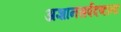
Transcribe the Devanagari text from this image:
अज्ञानसर्पदष्टानां